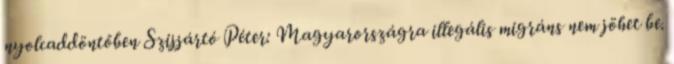
nyolcaddöntőben Szijjártó Péter: Magyarországra illegális migráns nem jöhet be.